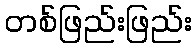
တစ်ဖြည်းဖြည်း